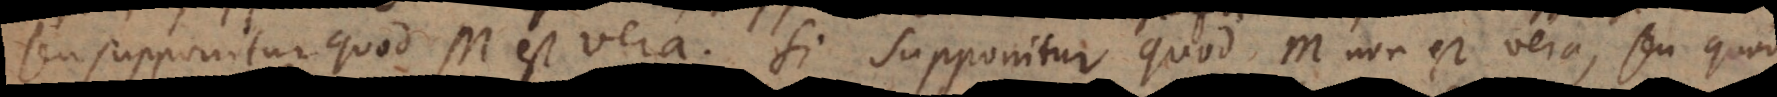
seu supponitur quod M est vera. Si supponitur quod M non est vera, seu quod